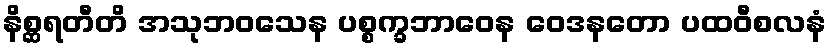
နိစ္ဆရတီတိ အသုဘဝသေန ပစ္စက္ခဘာဝေန ဝေဒနတော ပထဝီစလနံ